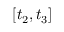
[ t _ { 2 } , t _ { 3 } ]